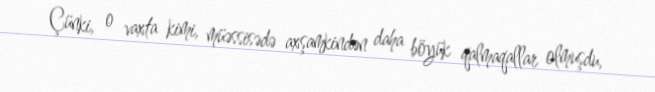
Çünki, o vaxta kimi, müəssisədə axşamkindən daha böyük qalmaqallar olmuşdu,